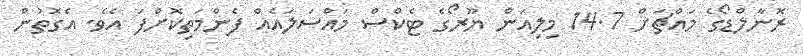
ރޮނާލްޑޯގެ މައްޗަށް 14.7 މިލިއަން ޔޫރޯގެ ޓެކްސް މައްސަލައެއް ފެންމަތިކޮށްފަ އެވެ. އެގޮތުން